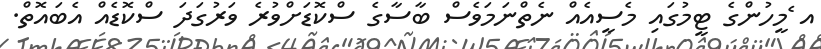
އ ެމީހުންގެ ޓީމުގައި މެސީއެއް ނެތްނަމަވެސް ބާސާގެ ސްކޮޑަށްވުރެ ވަރުގަދަ ސްކޮޑެއް އެބައޮތް.